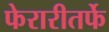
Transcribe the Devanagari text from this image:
फेरारीतर्फे